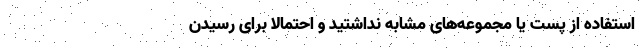
استفاده از پست یا مجموعه‌های مشابه‌ نداشتید و احتمالا برای رسیدن